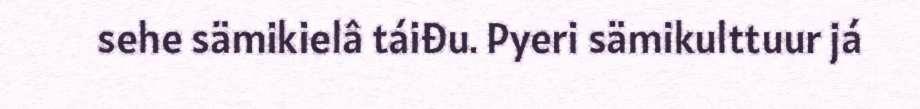
sehe sämikielâ táiđu. Pyeri sämikulttuur já